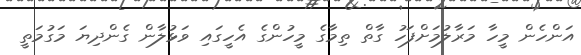
އަންހެން މީހާ މަރާލުމަށްފަހު ގާތް ތިމާގެ މީހުންގެ އެހީގައި ވަޅުލާން ގެންދިޔަ މަގުމަތީ